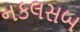
નકલસબ